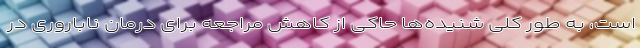
است، به طور کلی شنیده‌ها حاکی از کاهش مراجعه برای درمان ناباروری در